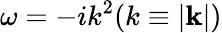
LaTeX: \omega=-ik^{2}(k\equiv|\mathbf{k}|)